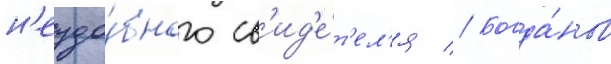
н'еудо́бного св'ид'е́т'ел'я // Богда́нов